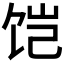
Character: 𱃹